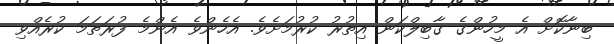
ބިިނާކޮށް އެ މީހުންގެ ގާބިލްކަން އިތުރު ކުރުމަށެވެ. އެހެންވެ އެންމެ ފުރަތަމަ ކުރެއްވި